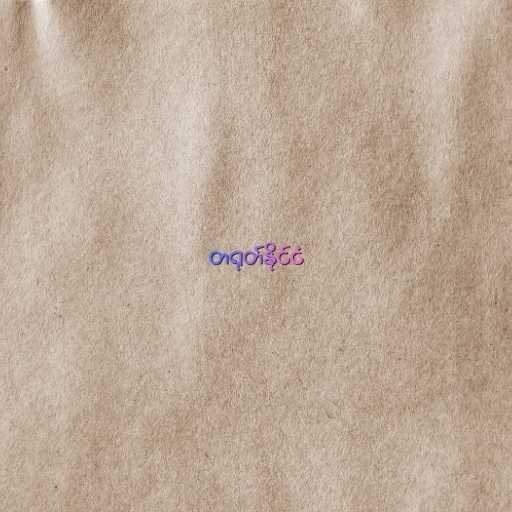
တရုတ်နိုင်ငံ